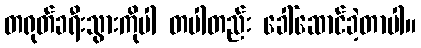
တရုတ်ခရီးသွားကိုပါ တပါတည်း ခေါ်ဆောင်ခဲ့တာပါ။